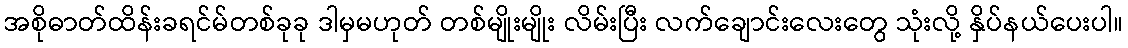
အစိုဓာတ်ထိန်းခရင်မ်တစ်ခုခု ဒါမှမဟုတ် တစ်မျိုးမျိုး လိမ်းပြီး လက်ချောင်းလေးတွေ သုံးလို့ နှိပ်နယ်ပေးပါ။